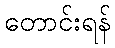
တောင်းရန်